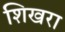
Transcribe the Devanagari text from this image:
शिखरा